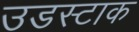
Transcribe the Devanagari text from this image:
उडस्टाक